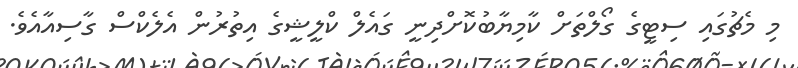
މި މެޗުގައި ސިޓީގެ ގޯލްތަށް ކާމިޔާބުކޮށްދިނީ ގައެލް ކްލީޝީގެ އިތުރުން އެލެކްސް ގާސިއާއެވެ.